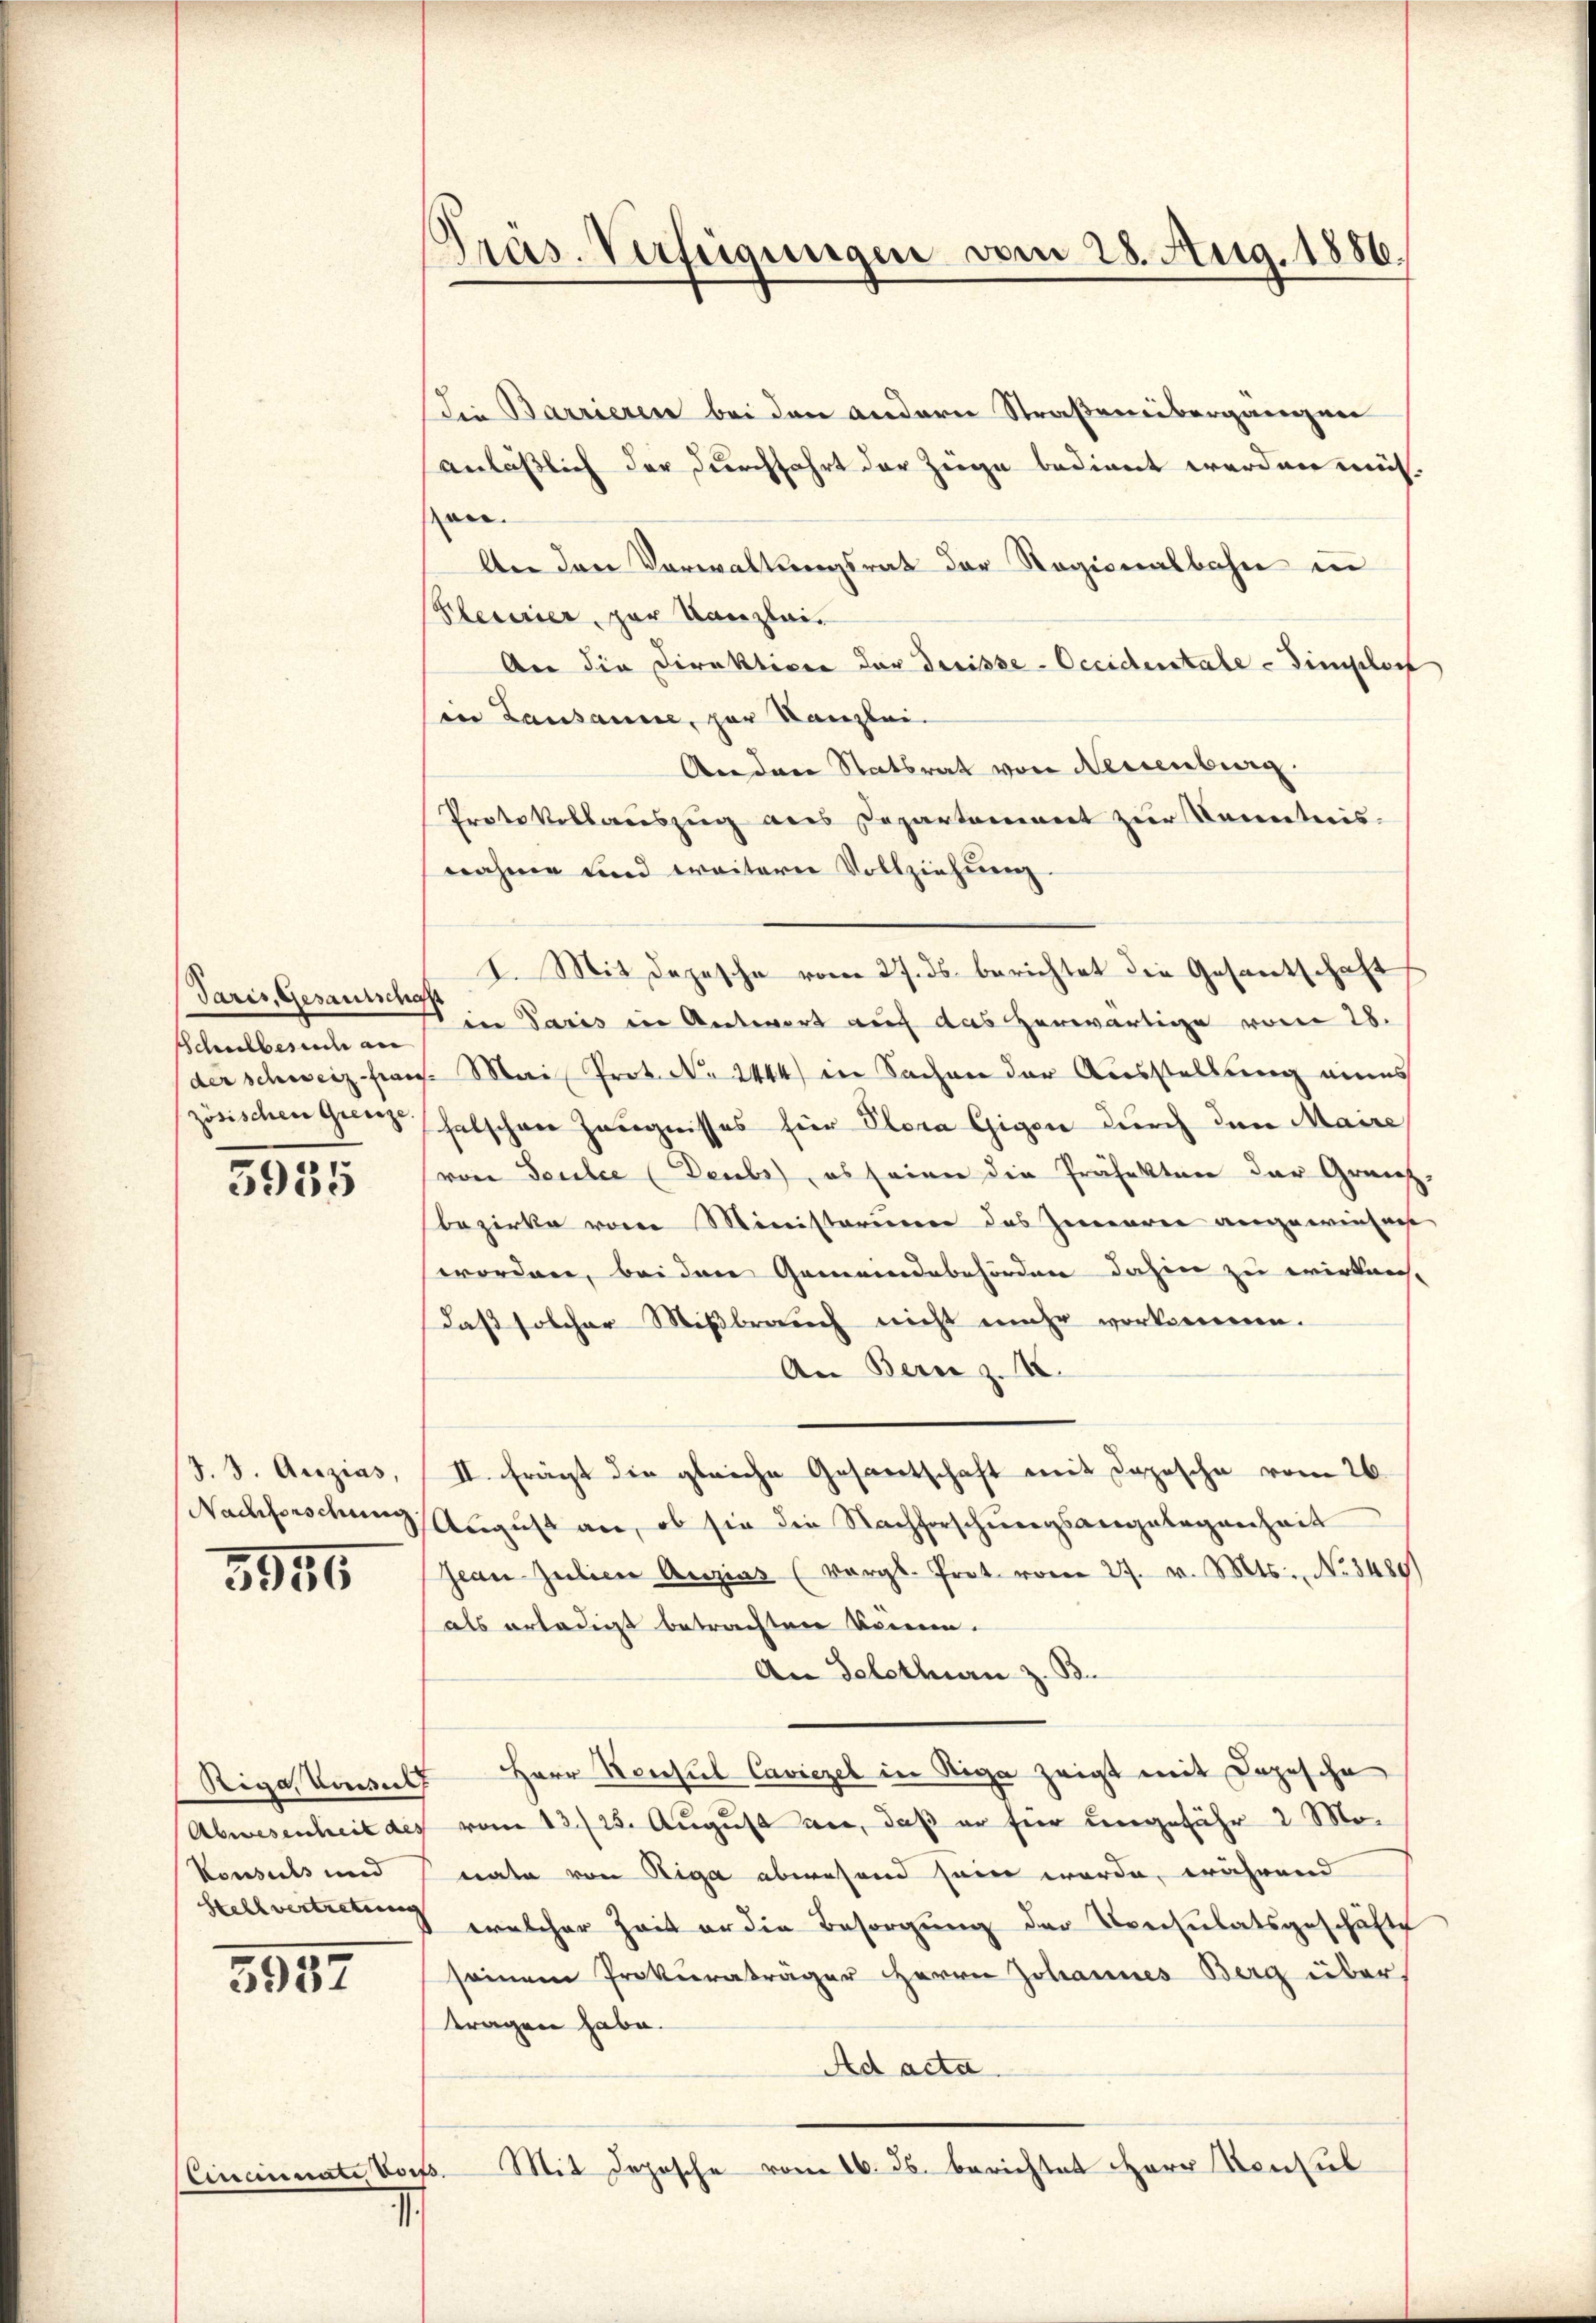
Paris, Gesamtschaf
Schulbesuch au

5935

J. J. Aczias,
Nachforschung

5956

Riga Kunst
Abwesenheit des
Konsuls und
Stellvertretung

3957

Eineinnate Vors.

1

Präs. Verfügungen vom 28. Aug. 1886.

die Barrieren bei den andern Straßenlibergangner
anläßlich der durchfahrt der Züge bedient werden müsan
An den Vorwaltungsrat der Ragionalbahn in
Percier, zur Kanzlei¬
An die Direktiven der dreisse-Occidentale - die schof
in Lausanne, zur Kanzlei-
Anden Statsrat von Neuenburg.
Protokollauszug aus Departement zur Kenntnis-
nahme und weitern Vollziehŭng
I. Mit Depesche vom 27. ds. berichtet die Gesantschaft
Sin Paris in Antwort auf das herwärtige vom 28.
der schweiz fran. Mai Prot. N. 2444) in Sachen der Ausstellung eines
zösischen Geiz hatschen Zeugnisses für Plora Gigen durch den Maire
(von Soulce (Deubs), es seien die Präfekten der Grenz-
bezirke vom Ministerium das Zwaren angewiesent
worden, bei den Gemeindebehörden dahin zu wirken.
daß solcher Mißbrauch nicht mehr vorkommen.
An Bern z. B.
II. Frägt die gleiche Gesantschaft mit Depesche vom 26.
August an, ob sie die Nachforschneegsangelegenheit
Geau zulien Anzias (vergl. Prot. vom 27. v. Mts. No. 3480)
als erledigt betrachten können.
An Solothurn z. B.
f Herr Rechtel Caviezel in Riga zeigt mit Depesche
 vom 12./23. August an, daß er für ungefähr 2 Monate von Riga abwesend sein werde, während
welcher Zeit er die Besorgung der Consulatsgeschäfte
seinem Prokuraträger Herrn Johannes Berg über
tragen habe.
Ad acta.
Mit Depesche vom 16. ds. berichtet HHerr Konsul